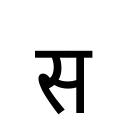
OCR:
स